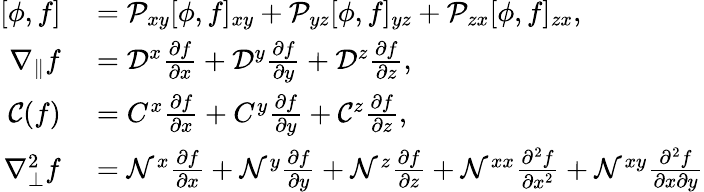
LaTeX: \begin{array}{rl}{[\phi,f]}&{{}=\mathcal{P}_{xy}[\phi,f]_{xy}+\mathcal{P}_{yz}[\phi,f]_{yz}+\mathcal{P}_{zx}[\phi,f]_{zx},}\\ {\nabla_{\parallel}f}&{{}=\mathcal{D}^{x}\frac{\partial f}{\partial x}+\mathcal{D}^{y}\frac{\partial f}{\partial y}+\mathcal{D}^{z}\frac{\partial f}{\partial z},}\\ {\mathcal{C}(f)}&{{}=C^{x}\frac{\partial f}{\partial x}+C^{y}\frac{\partial f}{\partial y}+\mathcal{C}^{z}\frac{\partial f}{\partial z},}\\ {\nabla_{\perp}^{2}f}&{{}=\mathcal{N}^{x}\frac{\partial f}{\partial x}+\mathcal{N}^{y}\frac{\partial f}{\partial y}+\mathcal{N}^{z}\frac{\partial f}{\partial z}+\mathcal{N}^{xx}\frac{\partial^{2}f}{\partial x^{2}}+\mathcal{N}^{xy}\frac{\partial^{2}f}{\partial x\partial y}}\end{array}